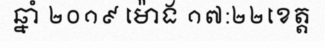
ឆ្នាំ ២០១៩ ម៉ោង ១៧:២២ខេត្ត